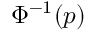
\Phi ^ { - 1 } ( p )